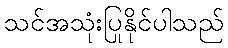
သင်အသုံးပြုနိုင်ပါသည်